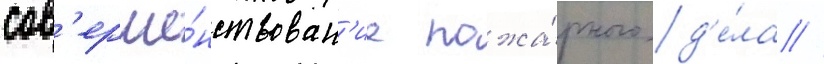
сов'ерше́нствован'ие пожа́рного д'е́ла //